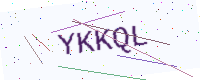
Text: YKKQL